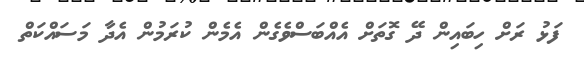
ފަޅު ރަށް ހިބައިން ދޭ ގޮތަށް އެއްބަސްވެގެން އެމެން ކުރަމުން އެދާ މަސައްކަތް